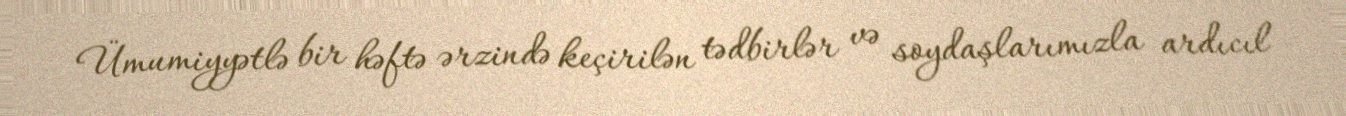
Ümumiyyətlə bir həftə ərzində keçirilən tədbirlər və soydaşlarımızla ardıcıl